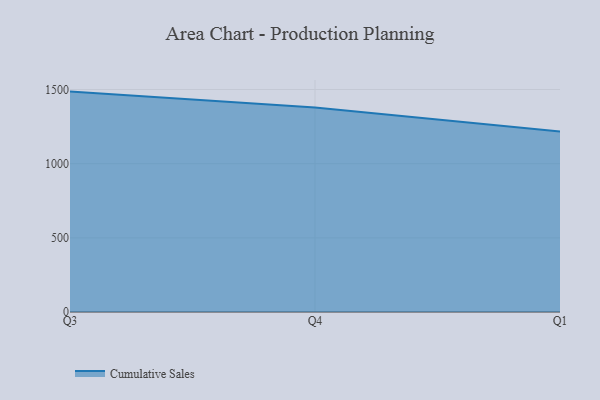
{"axis": {"x": "Quarter", "y": "Backlog"}, "legend": ["Cumulative Sales"], "data": [{"x": "Q3", "y": 1485.8, "type": "Cumulative Sales"}, {"x": "Q4", "y": 1378.3, "type": "Cumulative Sales"}, {"x": "Q1", "y": 1217.5, "type": "Cumulative Sales"}]}